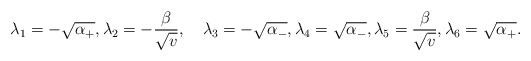
\begin{align*}\lambda_1=-\sqrt{\alpha_+},\lambda_2=-\frac{\beta}{\sqrt{v}},\quad\lambda_3=-\sqrt{\alpha_-},\lambda_4=\sqrt{\alpha_-},\lambda_5=\frac{\beta}{\sqrt{v}},\lambda_6=\sqrt{\alpha_+}. \end{align*}